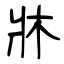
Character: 牀